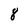
Character: 8